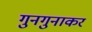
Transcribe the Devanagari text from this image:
गुनगुनाकर